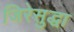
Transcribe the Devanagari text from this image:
जिरेसुद्धा